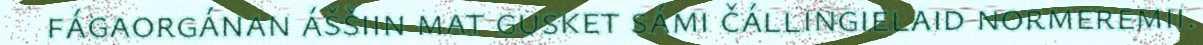
fágaorgánan áššiin mat gusket sámi čállingielaid normeremii.